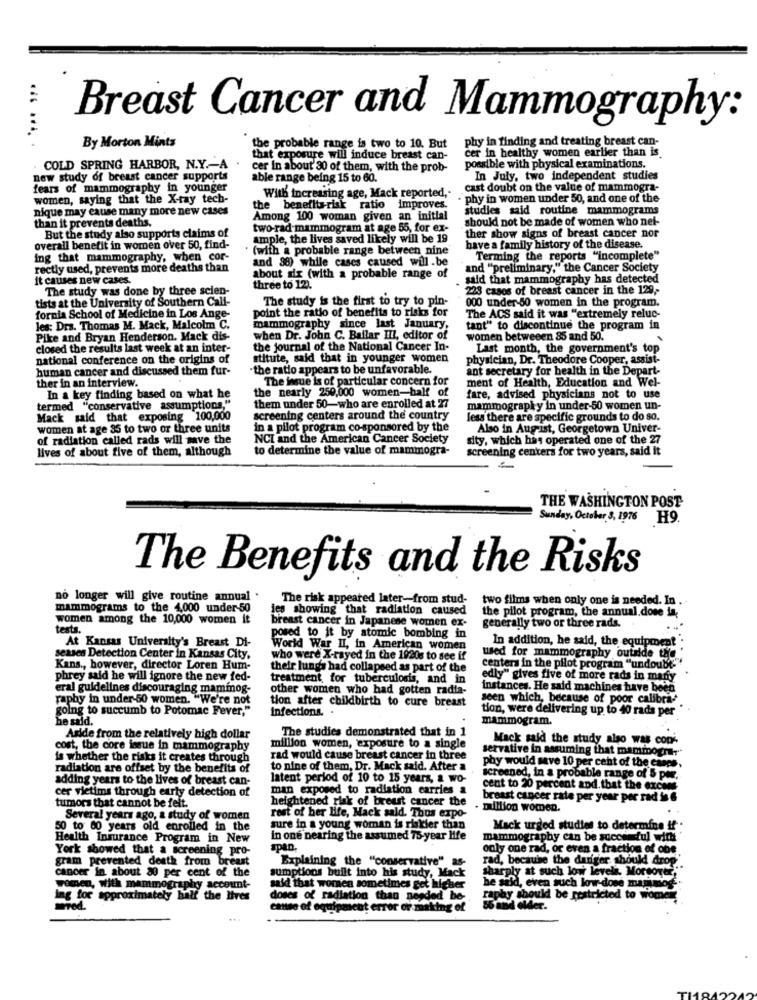
Breast Cancer and Mammography:
By Morton Mints
the probable range is two to 10. But
phy in finding and treating breast can-
cer in healthy women earlier than is.
that exposure will induce breast can-
COLD SPRING HARBOR, N.Y .- A
cer in about' 30 of them, with the prob-
possible with physical examinations.
new study of breast cancer supports
able range being 15 to 60.
In July, two independent studies
fears of mammography in younger
cast doubt on the value of mammogra-
women, saying that the X-ray tech
With increasing age, Mack reported ,.
- phy in women under 50, and one of the
nique may cause many more new cases
the benefits-risk ratio improves.
studies said routine mammograms
than it prevents deaths.
Among 100 woman given an initial
should not be made of women who nei-
two-rad- mammogram at age 55, for ex-
But the study also supports claims of
ample, the lives saved likely will be 19
ther show signs of breast cancer nor
overall benefit in women over 50, find-
* (with a probable range between nine'
have a family history of the disease.
ing that mammography, when cor-
and 38) while cases caused will.be
Terming the reports "incomplete"
rectly used, prevents more deaths than
and "preliminary," the Cancer Society
it causes new cases.
about six (with a probable range of
said that mammography has detected
The study was done by three scien-
three to 12).
223 cases of breast cancer in the 129 ,-
tists at the University of Southern Call-
000 under-50 women in the program.
fornia School of Medicine in Los Ange-
point the ratio of benefits to risks for
The study is the first to try to pin-
The ACS said it was "extremely reluc-
les: Drs. Thomas M. Mack, Malcolm C.
mammography since last January,
tant" to discontinue the program in
Pike and Bryan Henderson. Mack dis-
when Dr. John C. Ballar III, editor of
women betweeen 85 and 50.
.
closed the results last week at an inter-
the journal of the National Cancer In-
Last month, the government's top
national conference on the origins of
stitute, said that in younger women
physician, Dr. Theodore Cooper, assist-
human cancer and discussed them fur-
-the ratio appears to be unfavorable.
ant secretary for health in the Depart-
ther in an interview.
The insue is of particular concern for
ment of Health, Education and Wel-
the nearly 250,000 women-half of
In a key finding based on what he
fare, advised physicians not to use
termed "conservative assumptions,"
them under 50-who are enrolled at 27
mammography in under-50 women un-
Mack said that exposing 100,000
screening centers around the country
less there are specific grounds to do so.
women at age 35 to two or three units
in a pilot program co-sponsored by the
Also in Aug-ist, Georgetown Univer-
of radiation called rads will save the
NCI and the American Cancer Society
sity, which has operated one of the 27
lives of about five of them, although
to determine the value of mammogra-
screening centers for two years, said it
THE WASHINGTON POST
Sunday, October 3, 1976 H9.
The Benefits and the Risks
no longer will give routine annual
The risk appeared later-from stud-
two films when only one is needed. In .
mammograms to the 4,000 under-50
les showing that radiation caused
the pilot program, the annual.done in,
women among the 10,000 women it
breast cancer in Japanese women ex-
testa.
generally two or three rads.
At Kansas University's Breast Di-
posed to it by atomic bombing in
In addition, he said, the equipment
World War II, in American women
seases Detection Center in Kansas City,
who were X-rayed in the 1920s to see if
used for mammography outside the
Kans ., however, director Loren Hum-
their lunga had collapsed as part of the
centers in the pilot program "undoubt"
phrey said he will ignore the new fed-
treatment for tuberculosis, and in
edly" gives five of more rads in many
eral guidelines discouraging maminog-
other women who had gotten radia-
instances. He said machines have been
raphy in under-50 women. "We're not
seen which, because of poor calibra
going to succumb to Potomac Fever,"
tion after childbirth to cure breast
Infections.
tion, were delivering up to 40 rada per
he sald.
mammogram.
The studies demonstrated that in 1
Aside from the relatively high dollar
Mack said the study also was cop'
cost, the core issue in mammography
million women, exposure to a single
servative in assuming that mammogra ...
is whether the risks it creates through
rad would cause breast cancer in three
radiation are offset by the benefits of
to nine of them, Dr. Mack said. After a
phy would save 10 per cent of the camps,
adding years to the lives of breast can-
latent period of 10 to 15 years, a wo-
screened, in a probable range of 5 pte.
cer victims through early detection of
man exposed to radiation carries a
cent to 20 percent and. that the excess
heightened tlak of breast cancer the
breast cancer rate per year per rad 1 6
tumors that cannot be felt.
. million women.
Several years ago, a study of women
rest of her life, Mack sald. Thus expo-
50 to 60 years old enrolled in the
sure in a young woman is riskier than
Mack urged studies to determine If .
Health Insurance Program in New
in one nearing the assumed 75-year life
mammography can be successful wins"
York showed that a screening pro-
span.
only one rad, or even a fraction of obe
gram prevented death from breast
Explaining the "conservative" as-
rad, because the dariger should drop
cancer in about 80 per cent of the
Sharply at such low levels. Moreover,""
sumptions built into his study, Mack
women, with mammography account-
account-
said that women sometimes get als
if cher
he said, even such low-dose mammog
Ing for approximately
doses of radiation than needed be-
raphy should be restricted to women
case of equipment error or making of
55 and older.